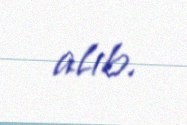
alıb.